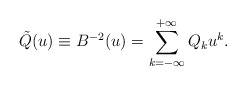
\begin{align*}\tilde{Q}(u)\equiv B^{-2}(u)=\sum_{k=-\infty}^{+\infty} Q_k u^k.\end{align*}